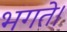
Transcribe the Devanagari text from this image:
भगते।